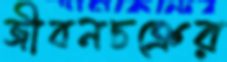
জীবনচক্রের